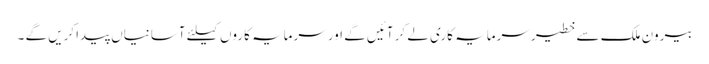
بیرون ملک سے خطیر سرمایہ کاری لے کر آئیں گے اور سرمایہ کاروں کیلئے آسانیاں پیداکریں گے ۔